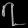
Digit: ၇